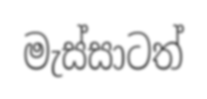
මැස්සාටත්